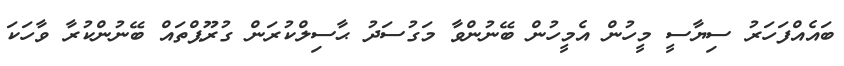
ބައެއްފަހަރު ސިޔާސީ މީހުން އެމީހުން ބޭނުންވާ މަގުސަދު ޙާސިލްކުރަން ގުރޫޕްތައް ބޭނުންކުރާ ވާހަކަ